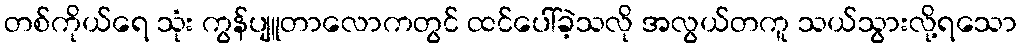
တစ်ကိုယ်ရေ သုံး ကွန်ပျူတာလောကတွင် ထင်ပေါ်ခဲ့သလို အလွယ်တကူ သယ်သွားလို့ရသော